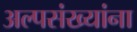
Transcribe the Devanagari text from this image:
अल्पसंख्यांना